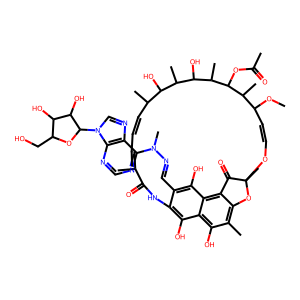
SMILES: COC1C=COC2(C)Oc3c(C)c(O)c4c(O)c(c(C=NN(C)c5ncnc6c5ncn6C5OC(CO)C(O)C5O)c(O)c4c3C2=O)NC(=O)C(C)=CC=CC(C)C(O)C(C)C(O)C(C)C(OC(C)=O)C1C
Inhibits HIV replication: No